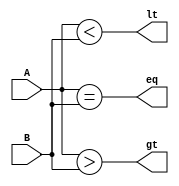
module two_bit_comparator(
    input [1:0] A,
    input [1:0] B,
    output eq,
    output lt,
    output gt
);

assign eq = (A == B);
assign lt = (A < B);
assign gt = (A > B);

endmodule